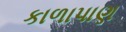
કાળાપાણ